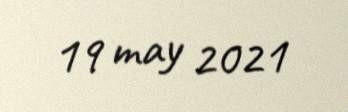
19 may 2021